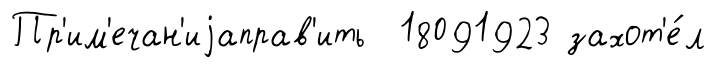
Пр'им'ечан'иjаправ'ить 18091923 захот'е́л